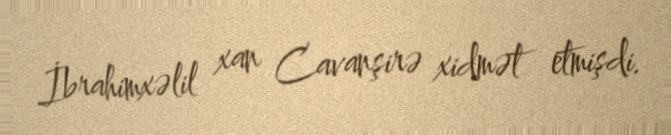
İbrahimxəlil xan Cavanşirə xidmət etmişdi.